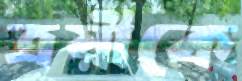
ত্রয়ীকে